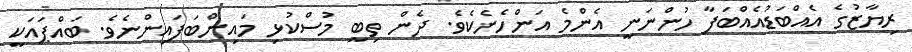
ރިޔާޒުގެ އެއްބަޑުއެއްބަފާ ހުންނަނީ އެންމެ އަންހެނެކެވެ. ދެން ތިބީ މުސްކުޅި މައިންބަފައިންނެވެ. ބައްޕައަކީ